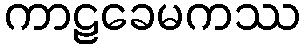
ကာဠခေမကဿ